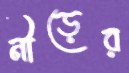
নীড়ের